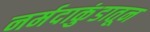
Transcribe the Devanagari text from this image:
नर्मदाकुंडातून